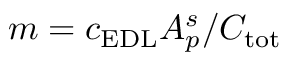
m = c _ { \mathrm { E D L } } A _ { p } ^ { s } / C _ { \mathrm { t o t } }